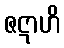
ဇဋာဟိ